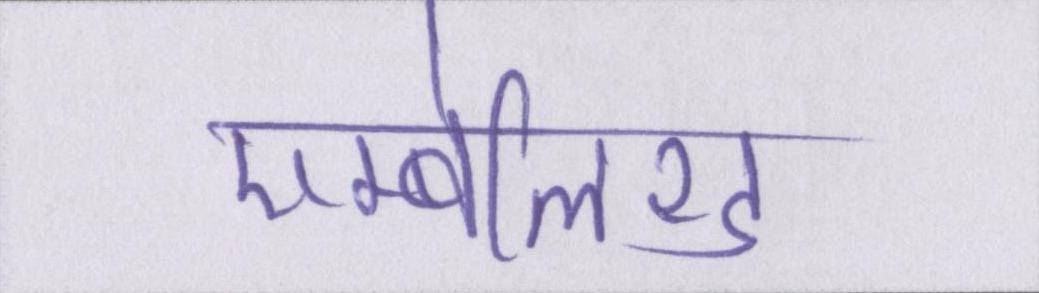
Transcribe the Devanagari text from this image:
एम्बेलिश्ड